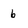
Character: 6